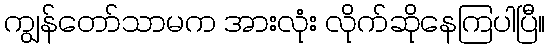
ကျွန်တော်သာမက အားလုံး လိုက်ဆိုနေကြပါပြီ။